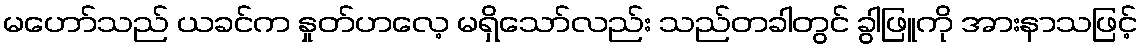
မဟော်သည် ယခင်က နှုတ်ဟလေ့ မရှိသော်လည်း သည်တခါတွင် ခွါဖြူကို အားနာသဖြင့်